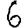
Digit: 6